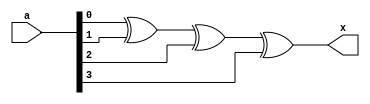
`timescale 1ns/1ns

module xor_prim(a,x);

input [3:0] a;
output x;

xor U0(x,a[0], a[1], a[2], a[3]);

endmodule